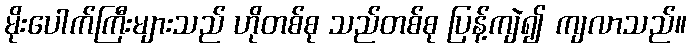
မိုးပေါက်ကြီးများသည် ဟိုတစ်စု သည်တစ်စု ပြန့်ကျဲ၍ ကျလာသည်။